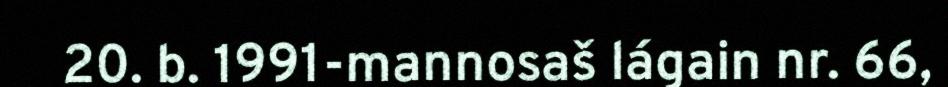
20. b. 1991-mannosaš lágain nr. 66,